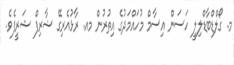
މ. ގޯލްޑްބާޑްލިލީ ހަސަން އިސާމް މުހައްމަދުގެ އިތުރުން މއ. ރާޅުއެރިގޭ ޝާރިފް ޝަރީފެވެ.